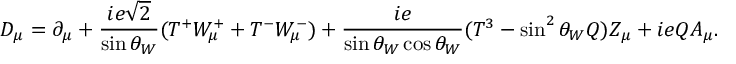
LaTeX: D _ { \mu } = \partial _ { \mu } + { \frac { i e \sqrt 2 } { \sin \theta _ { W } } } ( T ^ { + } W _ { \mu } ^ { + } + T ^ { - } W _ { \mu } ^ { - } ) + { \frac { i e } { \sin \theta _ { W } \cos \theta _ { W } } } ( T ^ { 3 } - \sin ^ { 2 } \theta _ { W } Q ) Z _ { \mu } + i e Q A _ { \mu } .